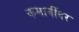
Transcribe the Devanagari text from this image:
कमानींवर